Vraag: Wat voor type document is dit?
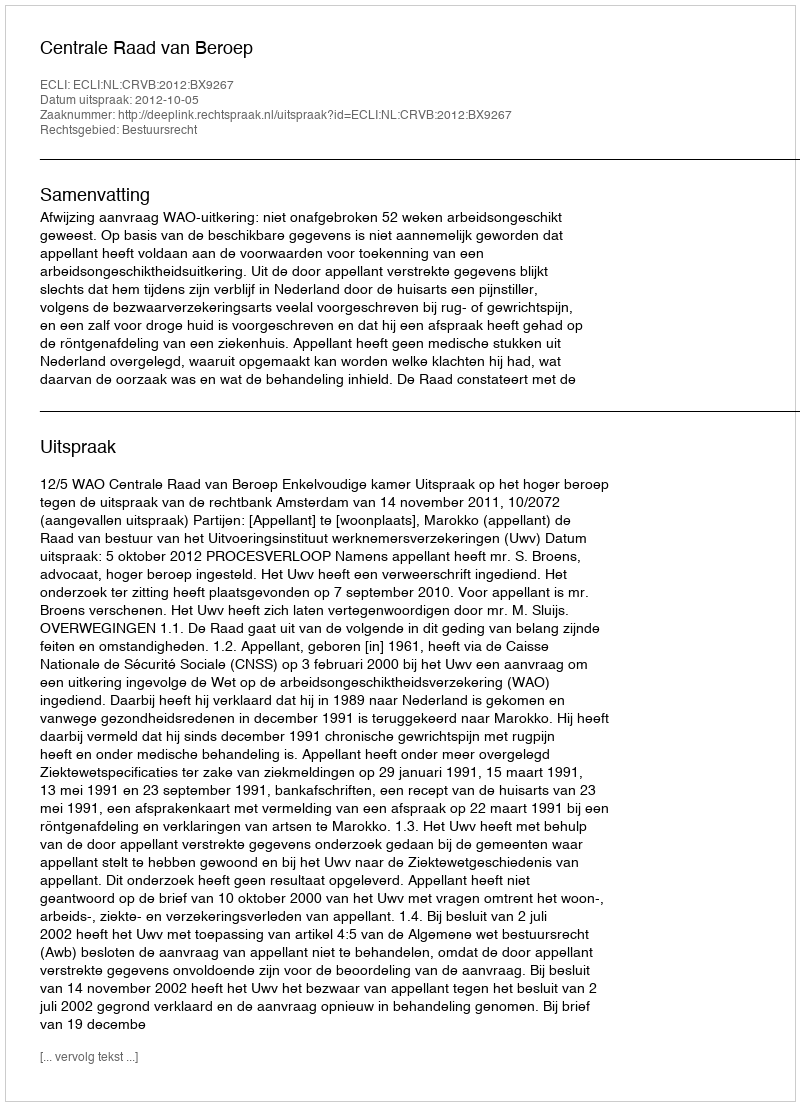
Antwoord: Uitspraak